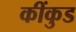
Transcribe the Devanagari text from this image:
कींकुड